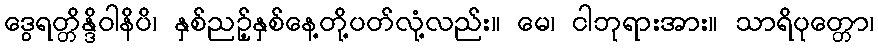
ဒွေရတ္တိန္ဒိဝါနိပိ၊ နှစ်ညဉ့်နှစ်နေ့တို့ပတ်လုံ့လည်း။ မေ၊ ငါဘုရားအား။ သာရိပုတ္တော၊